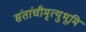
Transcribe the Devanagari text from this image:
संतांचीमृत्युभूमि